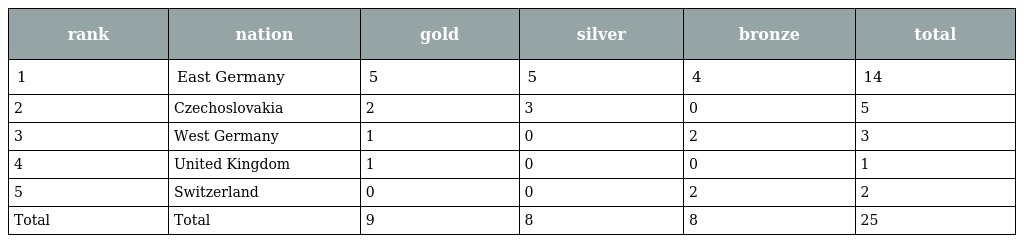
| rank | nation | gold | silver | bronze | total |
 | --- | --- | --- | --- | --- | --- |
 | 1 | East Germany | 5 | 5 | 4 | 14 |
 | 2 | Czechoslovakia | 2 | 3 | 0 | 5 |
 | 3 | West Germany | 1 | 0 | 2 | 3 |
 | 4 | United Kingdom | 1 | 0 | 0 | 1 |
 | 5 | Switzerland | 0 | 0 | 2 | 2 |
 | Total | Total | 9 | 8 | 8 | 25 |